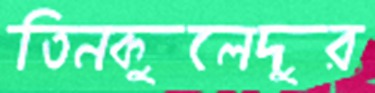
তিনকুলেদুর